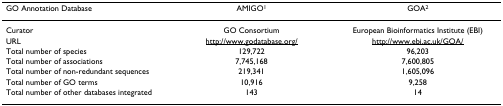
<table><thead><tr><td><b>GO Annotation Database</b></td><td><b>AMIGO<sup>1</sup></b></td><td><b>GOA<sup>2</sup></b></td></tr></thead><tbody><tr><td>Curator</td><td>GO Consortium</td><td>European Bioinformatics Institute (EBI)</td></tr><tr><td>URL</td><td>http://www.godatabase.org/</td><td>http://www.ebi.ac.uk/GOA/</td></tr><tr><td>Total number of species</td><td>129,722</td><td>96,203</td></tr><tr><td>Total number of associations</td><td>7,745,168</td><td>7,600,805</td></tr><tr><td>Total number of non-redundant sequences</td><td>219,341</td><td>1,605,096</td></tr><tr><td>Total number of GO terms</td><td>10,916</td><td>9,258</td></tr><tr><td>Total number of other databases integrated</td><td>143</td><td>14</td></tr></tbody></table>